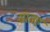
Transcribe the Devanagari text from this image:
सातह